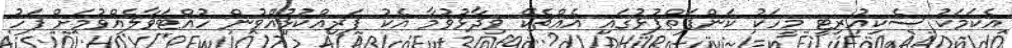
އެކަމަކު ސެކިއުރިޓީ މީހަކު ކަންފަތްޕުޅުގައި އެއްޗެކޭ ވިދާޅުވުމާ އެކު ފަރިއްކުޅުއްވުން ހުއްޓަވާލެއްވުމަށް ފަހު